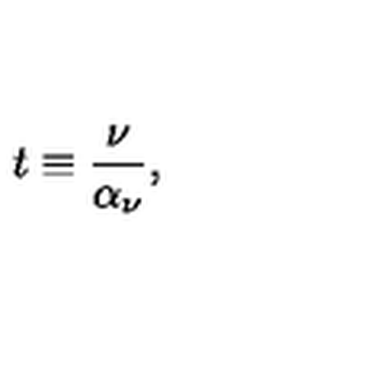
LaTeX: t \equiv { \frac { \nu } { \alpha _ { \nu } } } ,